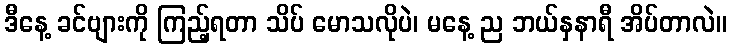
ဒီနေ့ ခင်ဗျားကို ကြည့်ရတာ သိပ် မောသလိုပဲ၊ မနေ့ ည ဘယ်နှနာရီ အိပ်တာလဲ။